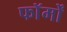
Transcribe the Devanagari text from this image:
फाॅर्मों